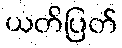
ယတိပြတ်